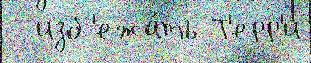
  изб'ежа́ть Т'ерр'и